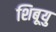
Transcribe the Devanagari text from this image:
शिबूयु